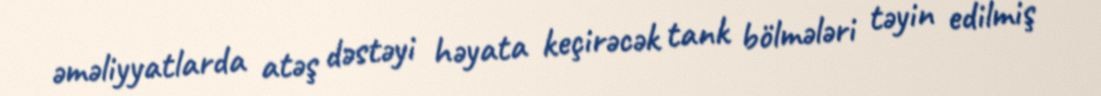
əməliyyatlarda atəş dəstəyi həyata keçirəcək tank bölmələri təyin edilmiş